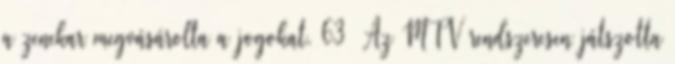
a zenekar megvásárolta a jogokat. 63 Az MTV rendszeresen játszotta